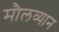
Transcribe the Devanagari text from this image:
मौलव्यान